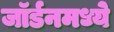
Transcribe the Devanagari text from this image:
जॉर्डनमध्ये